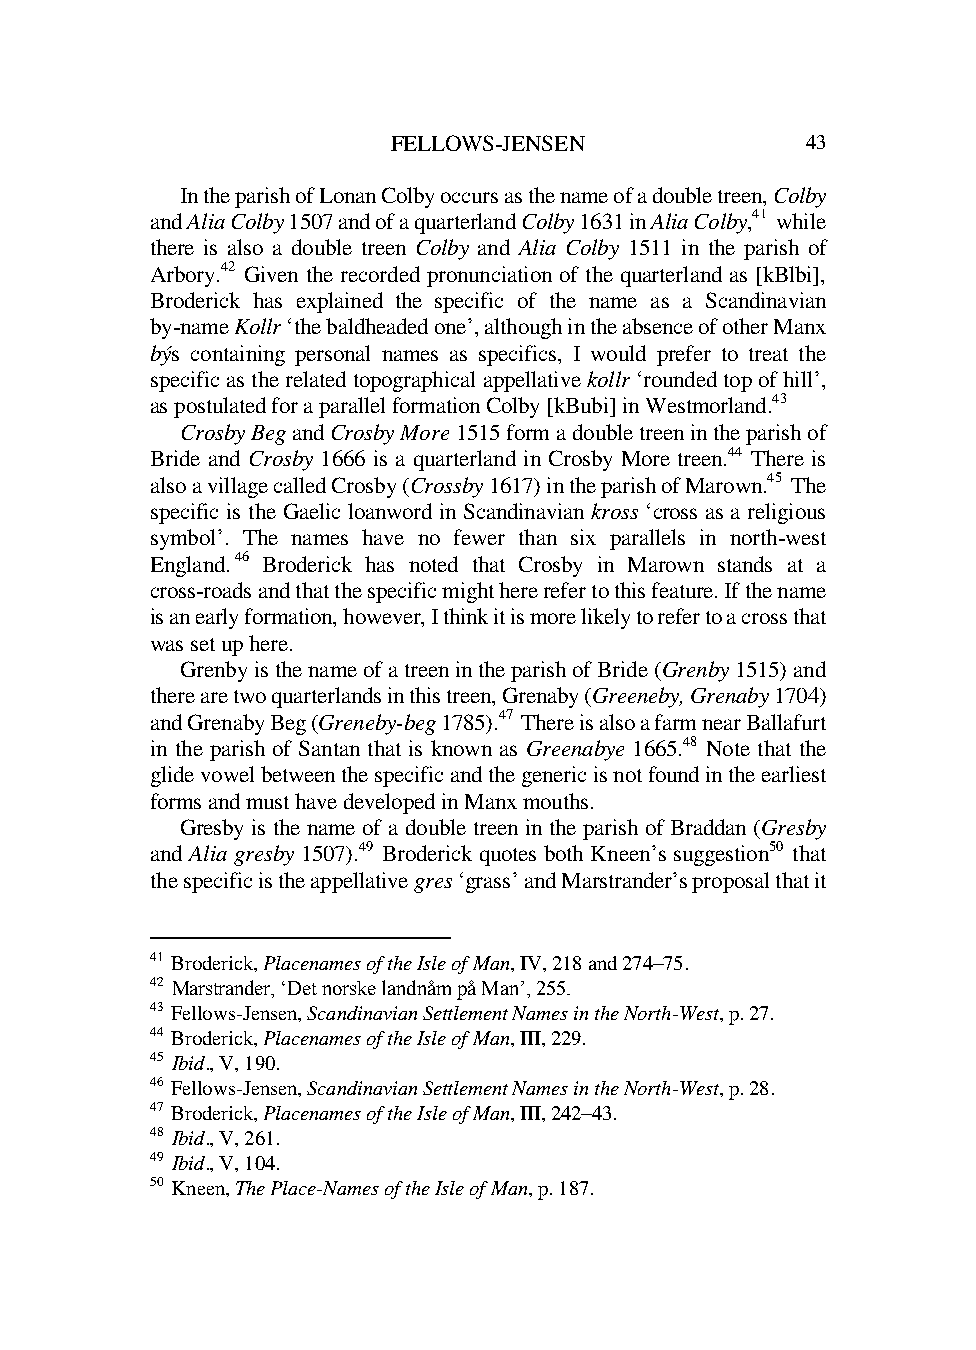
FELLOWS -JENSEN            43
 In the parish of Lonan Colby occurs as the name of a double treen, Colby
 and Alia Colby 1507 and of a quarterland Colby 1631 in Alia Colby,41 while
 there is also a double treen Colby and Alia Colby 1511 in the parish of
 Arbory.42 Given the recorded pronunciation of the quarterland as [kBlbi],
 Broderick has explained the specific of the name as a Scandinavian
 by-name Kollr ‘the baldheaded one’, although in the absence of other Manx
 býs containing personal names as specifics, I would prefer to treat the
 specific as the related topographical appellative kollr ‘rounded top of hill’,
 as postulated for a parallel formation Colby [kBubi] in Westmorland.43
 Crosby Beg and Crosby More 1515 form a double treen in the parish of
 Bride and Crosby 1666 is a quarterland in Crosby More treen.44 There is
 also a village called Crosby (Crossby 1617) in the parish of Marown.45 The
 specific is the Gaelic loanword in Scandinavian kross ‘cross as a religious
 symbol’. The names have no fewer than six parallels in north-west
 England.46 Broderick has noted that Crosby in Marown stands at a
 cross-roads and that the specific might here refer to this feature. If the name
 is an early formation, however, I think it is more likely to refer to a cross that
 was set up here.
 Grenby is the name of a treen in the parish of Bride (Grenby 1515) and
 there are two quarterlands in this treen, Grenaby (Greeneby, Grenaby 1704)
 and Grenaby Beg (Greneby-beg 1785).47 There is also a farm near Ballafurt
 in the parish of Santan that is known as Greenabye 1665.48 Note that the
 glide vowel between the specific and the generic is not found in the earliest
 forms and must have developed in Manx mouths.
 Gresby is the name of a double treen in the parish of Braddan (Gresby
 and Alia gresby 1507).49 Broderick quotes both Kneen’s suggestion50 that
 the specific is the appellative gres ‘grass’ and Marstrander’s proposal that it
 41 Broderick, Placenames of the Isle of Man, IV, 218 and 274–75.
 42 Marstrander, ‘Det norske landnåm på Man’, 255.
 43 Fellows-Jensen, Scandinavian Settlement Names in the North-West, p. 27.
 44 Broderick, Placenames of the Isle of Man, III, 229.
 45 Ibid., V, 190.
 46 Fellows-Jensen, Scandinavian Settlement Names in the North-West, p. 28.
 47 Broderick, Placenames of the Isle of Man, III, 242–43.
 48 Ibid., V, 261.
 49 Ibid., V, 104.
 50 Kneen, The Place-Names of the Isle of Man, p. 187.